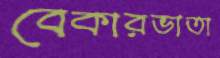
বেকারভাতা